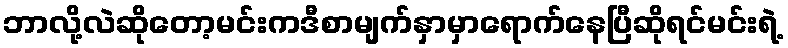
ဘာလို့လဲဆိုတော့မင်းကဒီစာမျက်နှာမှာရောက်နေပြီဆိုရင်မင်းရဲ့